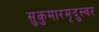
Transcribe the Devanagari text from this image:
सुकुमारमृदुस्वर